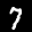
Label: 7